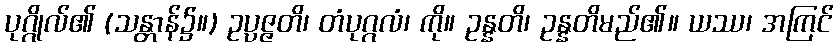
ပုဂ္ဂိုလ်၏ (သန္တာန်၌။) ဥပ္ပဇ္ဇတိ၊ တံပုဂ္ဂလံ၊ ကို။ ဥန္နတိ၊ ဥန္နတိမည်၏။ ယဿ၊ အကြင်